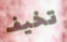
تخيف